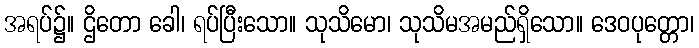
အရပ်၌။ ဌိတော ခေါ၊ ရပ်ပြီးသော။ သုသိမော၊ သုသိမအမည်ရှိသော။ ဒေဝပုတ္တော၊